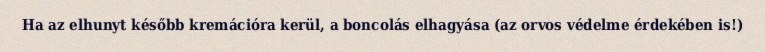
Ha az elhunyt később kremációra kerül, a boncolás elhagyása (az orvos védelme érdekében is!)